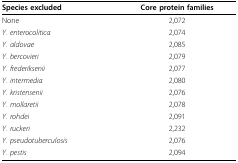
<table><thead><tr><td><b>Species excluded</b></td><td><b>Core protein families</b></td></tr></thead><tbody><tr><td>None</td><td>2,072</td></tr><tr><td><i>Y. enterocolitica</i></td><td>2,074</td></tr><tr><td><i>Y. aldovae</i></td><td>2,085</td></tr><tr><td><i>Y. bercovieri</i></td><td>2,079</td></tr><tr><td><i>Y. frederiksenii</i></td><td>2,077</td></tr><tr><td><i>Y. intermedia</i></td><td>2,080</td></tr><tr><td><i>Y. kristensenii</i></td><td>2,076</td></tr><tr><td><i>Y. mollaretii</i></td><td>2,078</td></tr><tr><td><i>Y. rohdei</i></td><td>2,091</td></tr><tr><td><i>Y. ruckeri</i></td><td>2,232</td></tr><tr><td><i>Y. pseudotuberculosis</i></td><td>2,076</td></tr><tr><td><i>Y. pestis</i></td><td>2,094</td></tr></tbody></table>